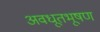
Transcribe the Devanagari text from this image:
अवधूतभूषण